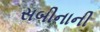
સબીનાની